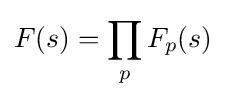
F(s)=\prod _{p}F_{p}(s)